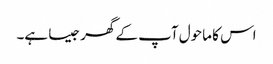
اس کا ماحول آپ کے گھر جیسا ہے۔